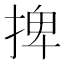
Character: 捭